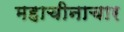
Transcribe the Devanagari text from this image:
महाचीनाचार